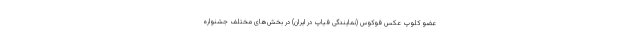
عضو کلوپ عکس فوکوس (نمایندگی فیاپ در ایران) در بخش‌های مختلف جشنواره